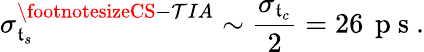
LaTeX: \sigma_{\mathfrak{t}_{s}}^{\footnotesizeCS-\mathcal{T}IA}\sim\frac{{\sigma_{\mathfrak{t}_{c}}}}{{2}}=26\, \mathrm{{~p~s~}}.